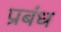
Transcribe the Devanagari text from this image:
प्रबंध